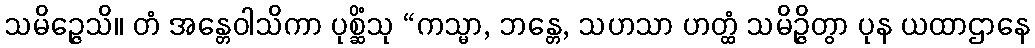
သမိဉ္ဇေသိ။ တံ အန္တေဝါသိကာ ပုစ္ဆိံသု “ကသ္မာ, ဘန္တေ, သဟသာ ဟတ္ထံ သမိဉ္ဇိတွာ ပုန ယထာဌာနေ